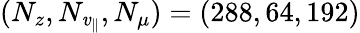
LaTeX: (N_{z},N_{\mathit{v}_{\parallel}},N_{\mu})=(288,64,192)